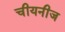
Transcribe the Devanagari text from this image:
चीयनीज